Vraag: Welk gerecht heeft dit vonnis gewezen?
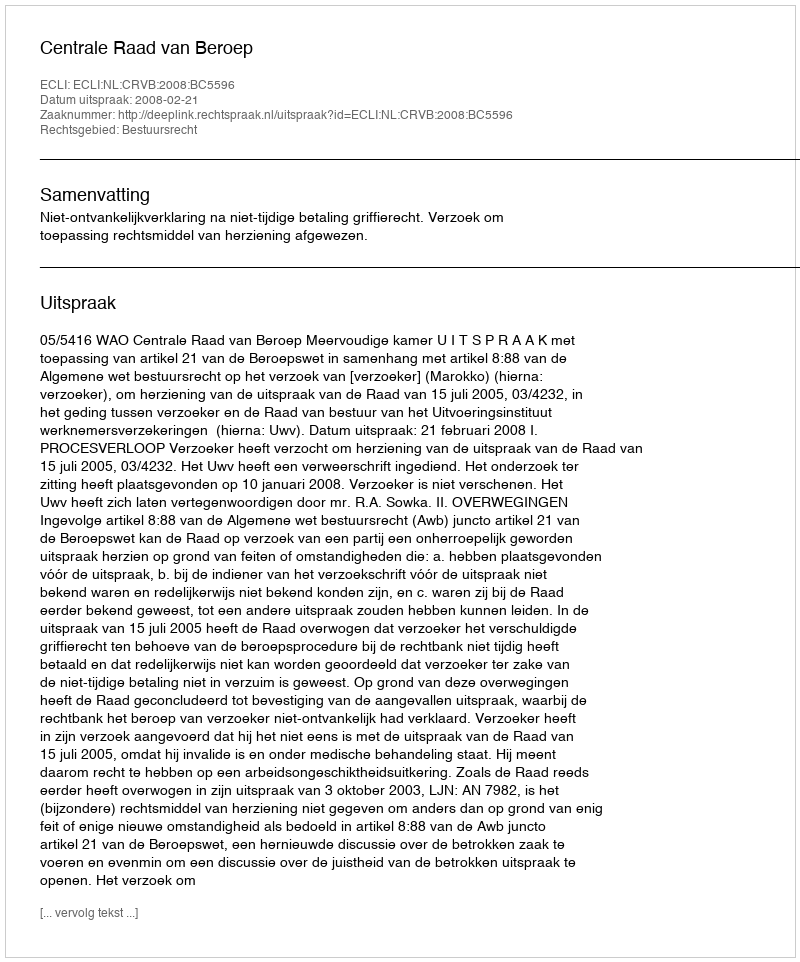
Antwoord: Centrale Raad van Beroep